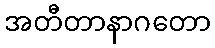
အတီတာနာဂတော